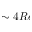
\sim 4 R e